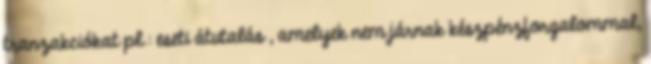
tranzakciókat pl.: eseti átutalás , amelyek nem járnak készpénzforgalommal,